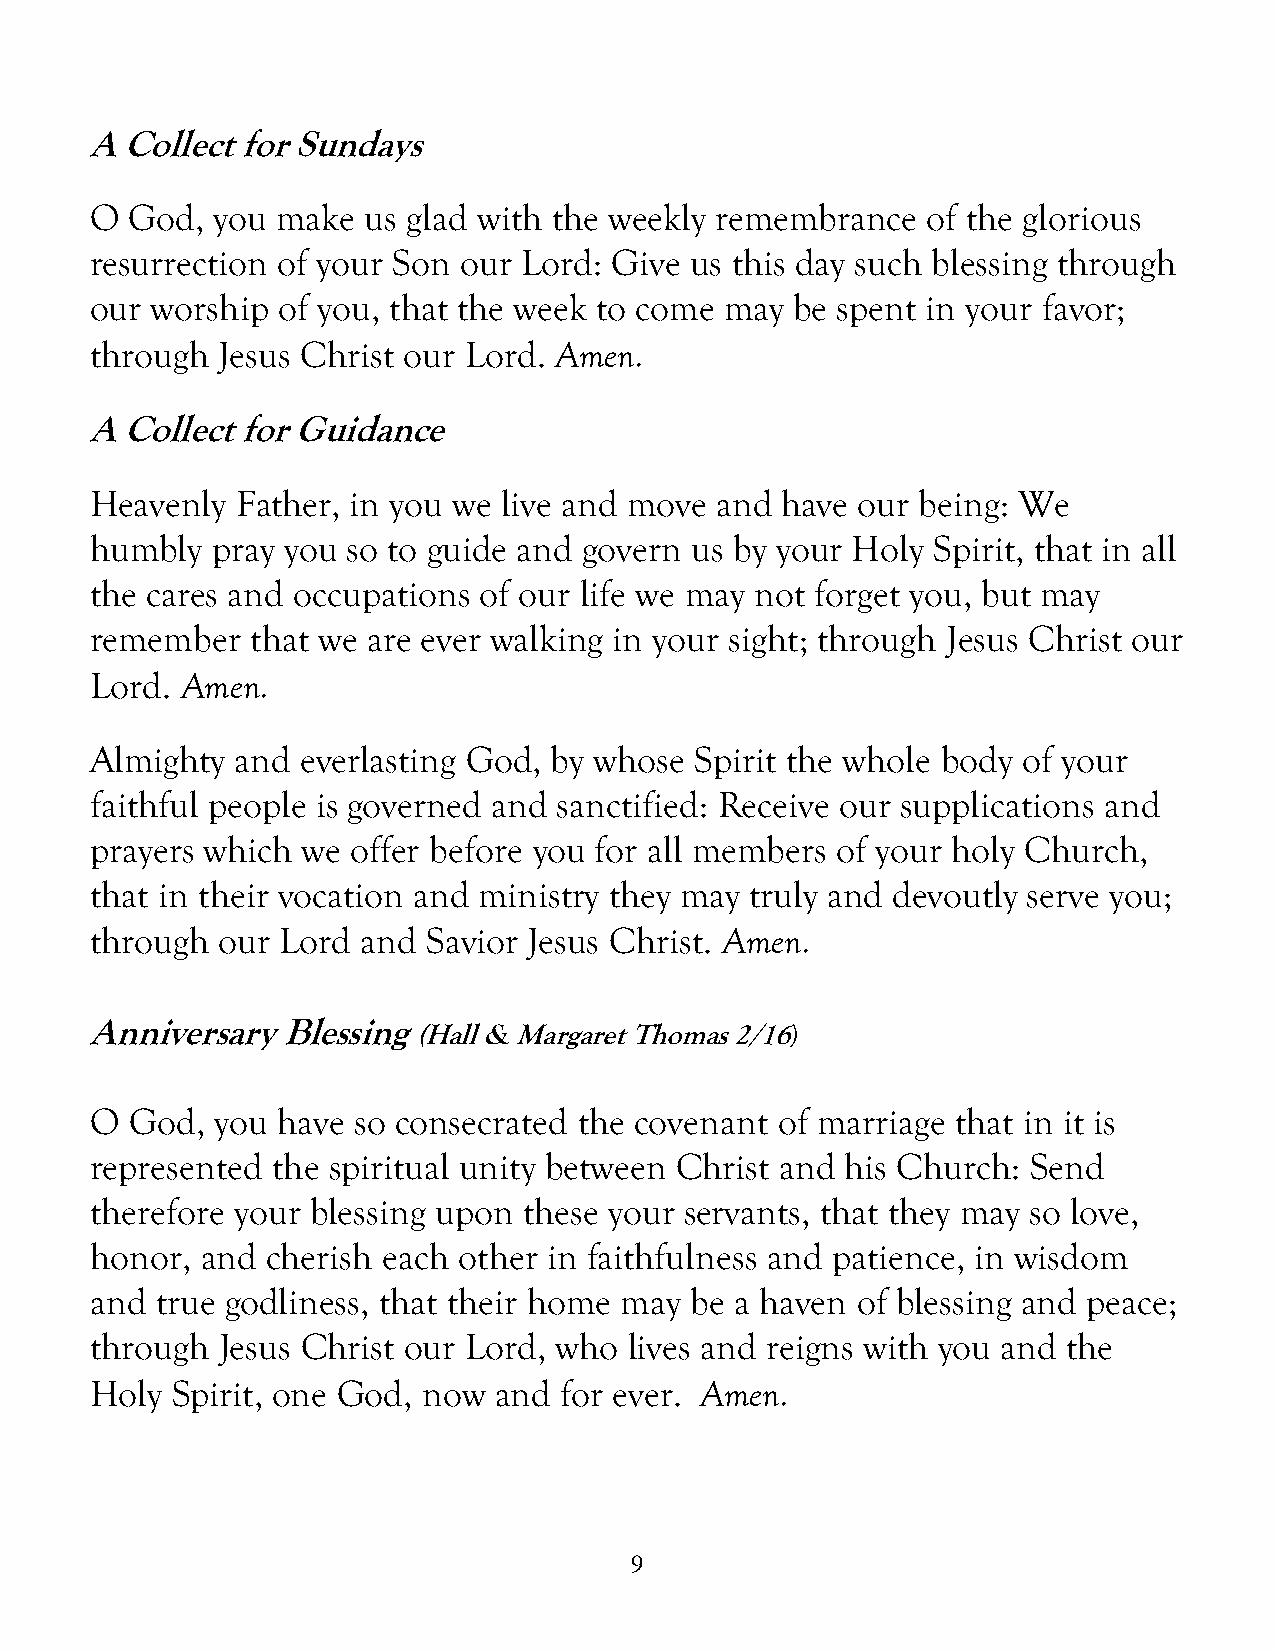
A Collect for Sundays
 O  God, you make  us glad with the weekly remembrance  of the glorious
 resurrection of your Son our Lord: Give us this day such blessing through
 our worship of you, that the week to come may  be spent in your favor;
 through Jesus Christ our Lord. Amen.
 A Collect for Guidance
 Heavenly  Father, in you we live and move and have our being: We
 humbly  pray you so to guide and govern us by your Holy Spirit, that in all
 the cares and occupations of our life we may not forget you, but may
 remember   that we are ever walking in your sight; through Jesus Christ our
 Lord. Amen.
 Almighty  and everlasting God, by whose Spirit the whole body of your
 faithful people is governed and sanctified: Receive our supplications and
 prayers which we offer before you for all members of your holy Church,
 that in their vocation and ministry they may truly and devoutly serve you;
 through our  Lord and Savior Jesus Christ. Amen.
 Anniversary  Blessing
 (Hall & Margaret Thomas 2/16)
 O  God, you have so consecrated the covenant of marriage that in it is
 represented the spiritual unity between Christ and his Church: Send
 therefore your blessing upon these your servants, that they may so love,
 honor, and  cherish each other in faithfulness and patience, in wisdom
 and true godliness, that their home may be a haven of blessing and peace;
 through Jesus Christ our Lord, who  lives and reigns with you and the
 Holy Spirit, one God, now  and for ever. Amen.
 9